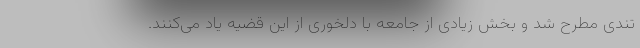
تندی مطرح شد و بخش زیادی از جامعه با دلخوری از این قضیه یاد می‌کنند.